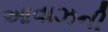
આવાઝની